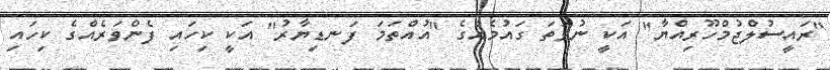
"ރައީސުލްޖުމްހޫރިއްޔާ" އަކީ ނުވަތަ ގައުމެއްގެ "އުއްތަމަ ފަނޑިޔާރު" އަކީ ކިހައި ފެންވަރެއްގެ ކިހައި